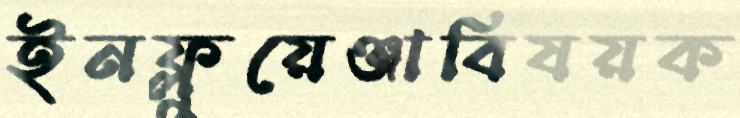
ইনফ্লুয়েঞ্জাবিষয়ক